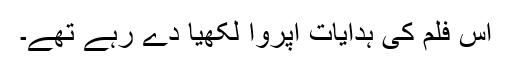
اس فلم کی ہدایات اپروا لکھیا دے رہے تھے۔